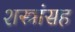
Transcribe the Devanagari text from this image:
शस्त्रांसह